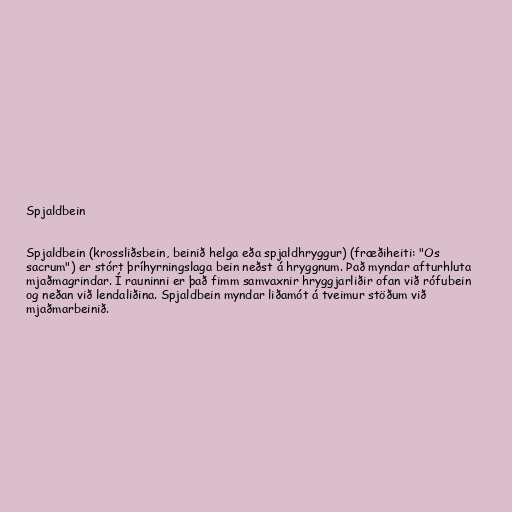
Spjaldbein

Spjaldbein (krossliðsbein, beinið helga eða spjaldhryggur) (fræðiheiti: "Os
sacrum") er stórt þríhyrningslaga bein neðst á hryggnum. Það myndar afturhluta
mjaðmagrindar. Í rauninni er það fimm samvaxnir hryggjarliðir ofan við rófubein
og neðan við lendaliðina. Spjaldbein myndar liðamót á tveimur stöðum við
mjaðmarbeinið.